Annual administration report of the Civil Veterinary Department of India - 1894-1895
Year: 1894
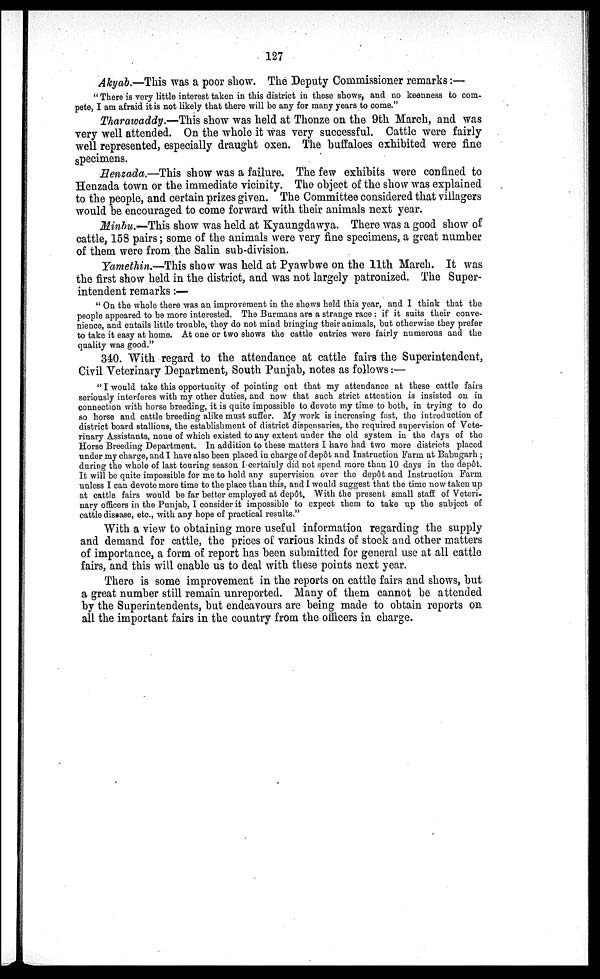
127
Akyab.—This was a poor show. The Deputy Commissioner remarks:—
" There is very little interest taken in this district in these shows, and no keenness to com-
pete, I am afraid it is not likely that there will be any for many years to come."
Tharawaddy.—This show was held at Thonze on the 9th March, and was
very well attended. On the whole it was very successful. Cattle were fairly
well represented, especially draught oxen. The buffaloes exhibited were fine
specimens.
Henzada.—This show was a failure. The few exhibits were confined to
Henzada town or the immediate vicinity. The object of the show was explained
to the people, and certain prizes given. The Committee considered that villagers
would be encouraged to come forward with their animals next year.
Minbu.—This show was held at Kyaungdawya. There was a good show of
cattle, 158 pairs; some of the animals were very fine specimens, a great number
of them were from the Salin sub-division.
Yamethin.—This show was held at Pyawbwe on the 11th March. It was
the first show held in the district, and was not largely patronized. The Super-
intendent remarks:—
" On the whole there was an improvement in the shows held this year, and I think that the
people appeared to be more interested. The Barmans are a strange race ; if it suits their conve-
nience, and entails little trouble, they do not mind bringing their animals, but otherwise they prefer
to take it easy at home. At one or two shows the cattle entries were fairly numerous and the
quality was good."
340. With regard to the attendance at cattle fairs the Superintendent,
Civil Veterinary Department, South Punjab, notes as follows:—
" I would take this opportunity of pointing out that my attendance at these cattle fairs
seriously interferes with my other duties, and now that such strict attention is insisted on in
connection with horse breeding, it is quite impossible to devote my time to both, in trying to do
so horse and cattle breeding alike must suffer. My work is increasing fast, the introduction of
district board stallions, the establishment of district dispensaries, the required supervision of Vete-
rinary Assistants, none of which existed to any extent under the old system in the days of the
Horse Breeding Department. In addition to these matters I have had two more districts placed
under my charge, and I have also been placed in charge of depôt and Instruction Farm at Babugarh ;
during the whole of last touring season I certainly did not spend more than 10 days in the depôt.
It will be quite impossible for me to hold any supervision over the depôt and Instruction Farm
unless I can devote more time to the place than this, and I would suggest that the time now taken up
at cattle fairs would be far better employed at depôt, With the present small staff of Veteri-
nary officers in the Punjab, I consider it impossible to expect them to take up the subject of
cattle disease, etc., with any hope of practical results."
With a view to obtaining more useful information regarding the supply
and demand for cattle, the prices of various kinds of stock and other matters
of importance, a form of report has been submitted for general use at all cattle
fairs, and this will enable us to deal with these points next year.
There is some improvement in the reports on cattle fairs and shows, but
a great number still remain unreported. Many of them cannot be attended
by the Superintendents, but endeavours are being made to obtain reports on
all the important fairs in the country from the officers in charge.